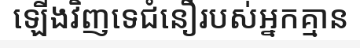
ឡើងវិញទេជំនឿរបស់អ្នកគ្មាន